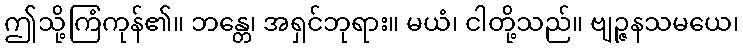
ဤသို့ကြံကုန်၏။ ဘန္တေ၊ အရှင်ဘုရား။ မယံ၊ ငါတို့သည်။ ဗျဉ္ဇနသမယေ၊